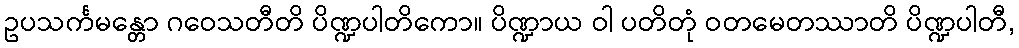
ဥပသင်္ကမန္တော ဂဝေသတီတိ ပိဏ္ဍပါတိကော။ ပိဏ္ဍာယ ဝါ ပတိတုံ ဝတမေတဿာတိ ပိဏ္ဍပါတီ,